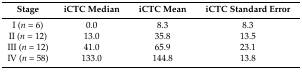
<table><thead><tr><td><b>Stage</b></td><td><b>iCTC Median</b></td><td><b>iCTC Mean</b></td><td><b>iCTC Standard Error</b></td></tr></thead><tbody><tr><td>I (<i>n</i> = 6)</td><td>0.0</td><td>8.3</td><td>8.3</td></tr><tr><td>II (<i>n</i> = 12)</td><td>13.0</td><td>35.8</td><td>13.5</td></tr><tr><td>III (<i>n</i> = 12)</td><td>41.0</td><td>65.9</td><td>23.1</td></tr><tr><td>IV (<i>n</i> = 58)</td><td>133.0</td><td>144.8</td><td>13.8</td></tr></tbody></table>